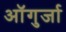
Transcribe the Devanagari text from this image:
ऑगुर्जा